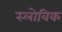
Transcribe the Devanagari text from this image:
स्लोविक